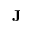
{ \mathbf J }